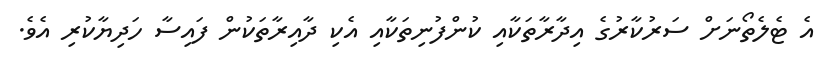
އެ ޓެލެތޯނަށް ސަރުކާރުގެ އިދާރާތަކާއި ކުންފުނިތަކާއި އެކި ދާއިރާތަކުން ފައިސާ ހަދިޔާކުރި އެވެ.